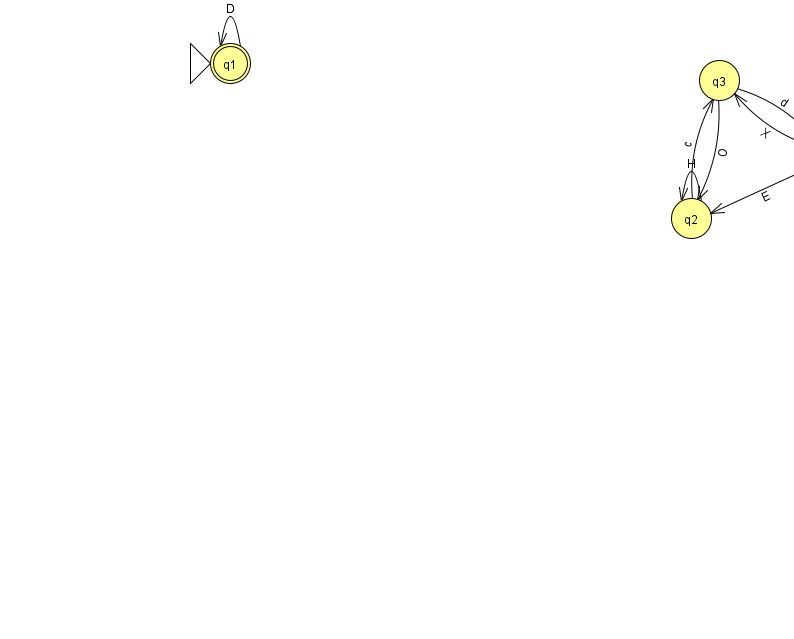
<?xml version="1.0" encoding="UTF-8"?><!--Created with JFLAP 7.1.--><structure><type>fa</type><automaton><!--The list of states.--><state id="0" name="q0"><x>832.0</x><y>142.0</y></state><state id="1" name="q1"><x>230.0</x><y>50.0</y><initial/><final/></state><state id="2" name="q2"><x>691.0</x><y>205.0</y></state><state id="3" name="q3"><x>719.0</x><y>67.0</y></state><!--The list of transitions.--><transition><from>0</from><to>3</to><read>X</read></transition><transition><from>1</from><to>1</to><read>D</read></transition><transition><from>0</from><to>2</to><read>E</read></transition><transition><from>3</from><to>2</to><read>O</read></transition><transition><from>2</from><to>2</to><read>H</read></transition><transition><from>2</from><to>3</to><read>c</read></transition><transition><from>3</from><to>0</to><read>d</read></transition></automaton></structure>